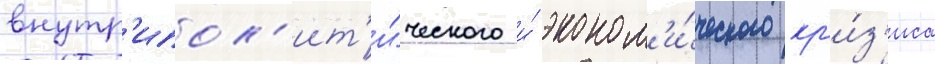
внутр'ипол'ит'и́ческого и́ эконом'и́ческого кр'и́з'иса